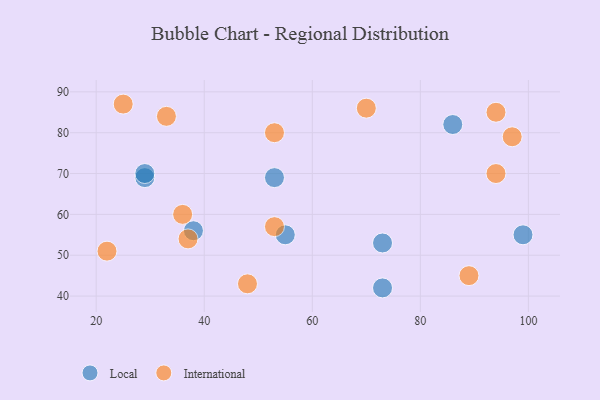
{"axis": {"x": "GDP", "y": "Life Expectancy"}, "legend": ["International", "Local"], "data": [{"x": "53", "y": 69, "type": "Local"}, {"x": "55", "y": 55, "type": "Local"}, {"x": "73", "y": 42, "type": "Local"}, {"x": "73", "y": 53, "type": "Local"}, {"x": "29", "y": 69, "type": "Local"}, {"x": "29", "y": 70, "type": "Local"}, {"x": "86", "y": 82, "type": "Local"}, {"x": "99", "y": 55, "type": "Local"}, {"x": "38", "y": 56, "type": "Local"}, {"x": "94", "y": 85, "type": "International"}, {"x": "33", "y": 84, "type": "International"}, {"x": "53", "y": 57, "type": "International"}, {"x": "48", "y": 43, "type": "International"}, {"x": "36", "y": 60, "type": "International"}, {"x": "70", "y": 86, "type": "International"}, {"x": "94", "y": 70, "type": "International"}, {"x": "37", "y": 54, "type": "International"}, {"x": "89", "y": 45, "type": "International"}, {"x": "22", "y": 51, "type": "International"}, {"x": "25", "y": 87, "type": "International"}, {"x": "97", "y": 79, "type": "International"}, {"x": "53", "y": 80, "type": "International"}]}